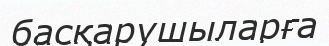
басқарушыларға